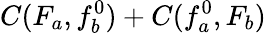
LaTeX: C(F_{a},f_{b}^{0})+C(f_{a}^{0},F_{b})